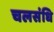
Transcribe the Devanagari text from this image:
चलसंधि